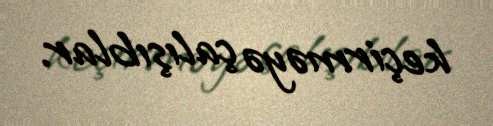
keçirməyə çalışıblar.